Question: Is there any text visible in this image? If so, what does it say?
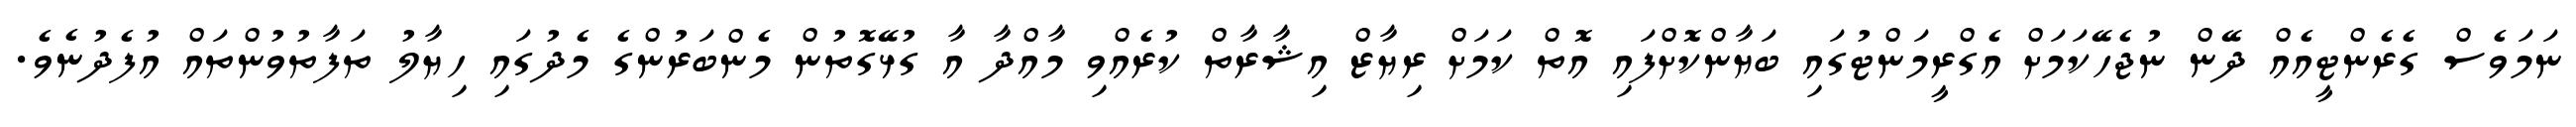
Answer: ނަމަވެސް ގެރެންޓީއެއް ދޭން ނުޖެހޭކަމަށް އެގްރީމަންޓުގައި ބަޔާންކޮށްފައި އޮތް ކަމަށް ރިޔާޒް އިޝާރާތް ކުރެއްވި މާއްދާ އާ ގުޅޭގޮތުން މެންބަރުންގެ މެދުގައި ހިޔާލު ތަފާތުވުންތައް އުފެދުނެވެ.